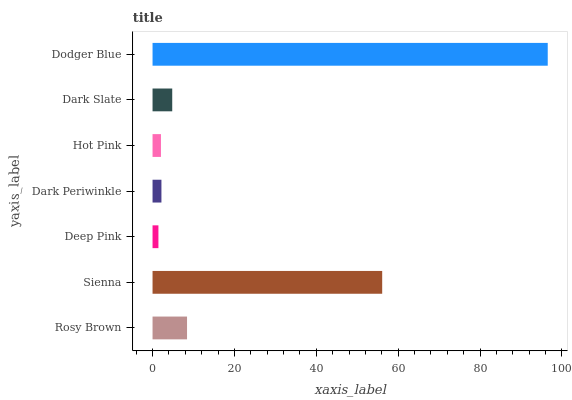
| yaxis_label | bars |
 | --- | --- |
 | Rosy Brown | 8.43 |
 | Sienna | 56.1 |
 | Deep Pink | 1.44 |
 | Dark Periwinkle | 2.17 |
 | Hot Pink | 2.05 |
 | Dark Slate | 4.81 |
 | Dodger Blue | 96.5 |